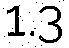
1.3